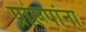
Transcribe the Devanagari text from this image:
प्रारूपांना